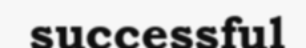
successful